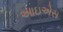
આઇએસ